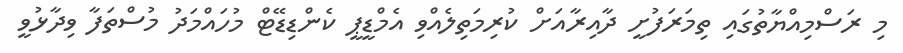
މި ރަސްމިއްޔާތުގައި ތިމަރަފުށީ ދާއިރާއަށް ކުރިމަތިލެއްވި އެމްޑީޕީ ކެންޑިޑޭޓް މުހައްމަދު މުސްތަފާ ވިދާޅުވީ